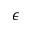
\epsilon